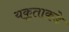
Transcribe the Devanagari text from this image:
यकृताकडे